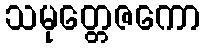
သမုတ္တေဇကော